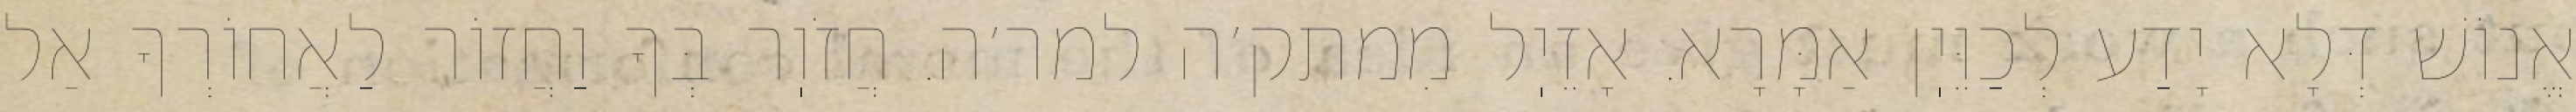
אֱנוֹשׁ דְּלָא יָדַע לְכַוֵּיֽן אַמָּרָא. אָזֵיֽל מִמתק׳ה למר׳ה. חֲזֹוֽר בְּךָ וַחֲזוֹר לַאֲחוֹרְךָ אַל